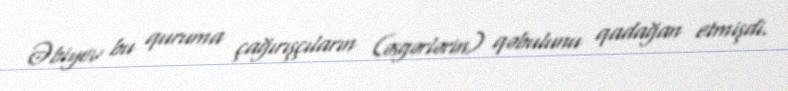
Əbiyev bu quruma çağırışçıların (əsgərlərin) qəbulunu qadağan etmişdi.